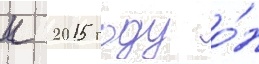
к 2015 году о́н